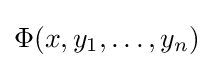
\Phi (x,y_{1},\ldots ,y_{n})